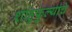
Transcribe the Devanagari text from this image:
शाहुफुल्यांचे